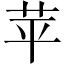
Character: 苹